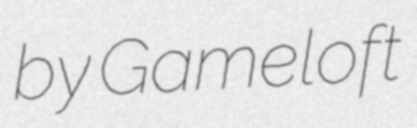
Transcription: by Gameloft